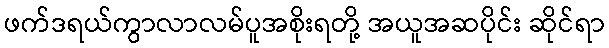
ဖက်ဒရယ်ကွာလာလမ်ပူအစိုးရတို့ အယူအဆပိုင်း ဆိုင်ရာ